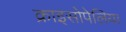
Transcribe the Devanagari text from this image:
क्राइसोपेलिया